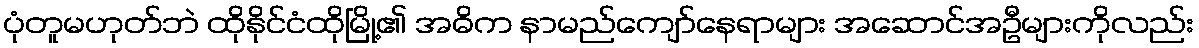
ပုံတူမဟုတ်ဘဲ ထိုနိုင်ငံထိုမြို့၏ အဓိက နာမည်ကျော်နေရာများ အဆောင်အဦများကိုလည်း